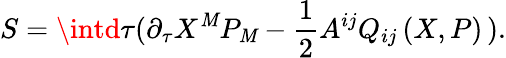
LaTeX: S=\intd\tau(\partial_{\tau}X^{\mathit{M}}P_{\mathit{M}}-\frac{{1}}{{2}}A^{ij}Q_{ij}\left(X,P\right)\, ).